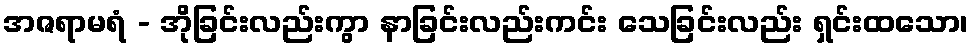
အဇရာမရံ - အိုခြင်းလည်းကွာ နာခြင်းလည်းကင်း သေခြင်းလည်း ရှင်းထသော၊